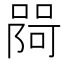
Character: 𭊎